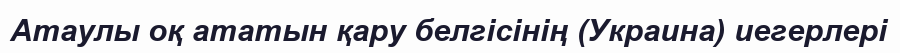
Атаулы оқ ататын қару белгісінің (Украина) иегерлері